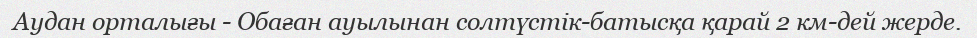
Аудан орталығы - Обаған ауылынан солтүстік-батысқа қарай 2 км-дей жерде.